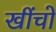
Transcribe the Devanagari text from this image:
खींचो